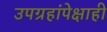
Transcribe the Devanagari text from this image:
उपग्रहांपेक्षाही